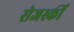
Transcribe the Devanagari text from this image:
सेजर्स्की